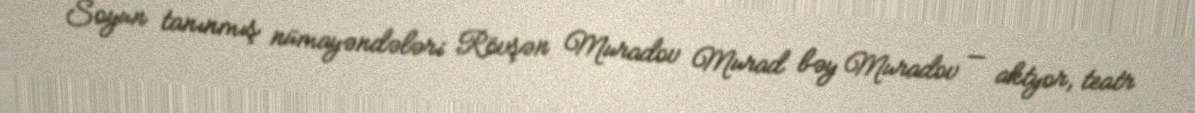
Soyun tanınmış nümayəndələri Rövşən Muradov Murad bəy Muradov — aktyor, teatr